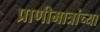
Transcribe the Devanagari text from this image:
प्राणीमात्रांच्या